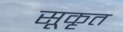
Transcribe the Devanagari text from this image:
सूकृत